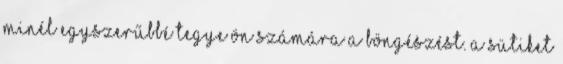
minél egyszerűbbé tegye Ön számára a böngészést. A sütiket